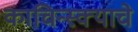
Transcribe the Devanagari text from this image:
काचिन्स्क्याचे